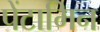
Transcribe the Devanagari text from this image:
पेंटामिन